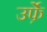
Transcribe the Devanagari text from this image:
उर्फ़े